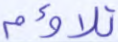
تلاؤم